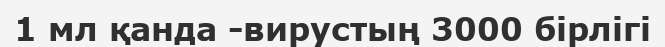
1 мл қанда -вирустың 3000 бірлігі